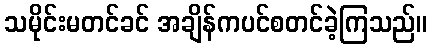
သမိုင်းမတင်ခင် အချိန်ကပင်စတင်ခဲ့ကြသည်။